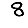
Digit: 8